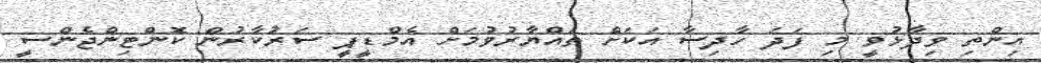
އިންތި ވިދާޅުވީ މި ފަދަ ހާދިސާ އަކަށް ތައްޔާރުވުމަށް އެމްޑީޕީ ސަރުކާރުން ކޮންޓިންޖެންސީ